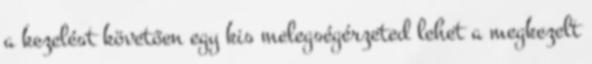
a kezelést követően egy kis melegségérzeted lehet a megkezelt